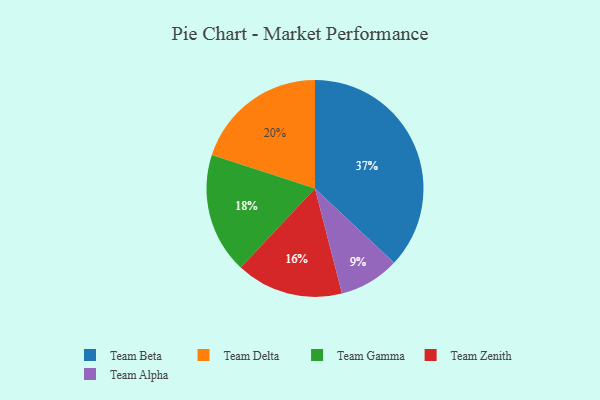
{"axis": {"x": "Category", "y": "Percentage"}, "legend": ["Team Alpha", "Team Beta", "Team Delta", "Team Gamma", "Team Zenith"], "data": [{"x": "Team Beta", "y": 37, "type": "Team Beta"}, {"x": "Team Alpha", "y": 9, "type": "Team Alpha"}, {"x": "Team Zenith", "y": 16, "type": "Team Zenith"}, {"x": "Team Gamma", "y": 18, "type": "Team Gamma"}, {"x": "Team Delta", "y": 20, "type": "Team Delta"}]}